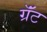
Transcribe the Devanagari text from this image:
ग्रॅंट